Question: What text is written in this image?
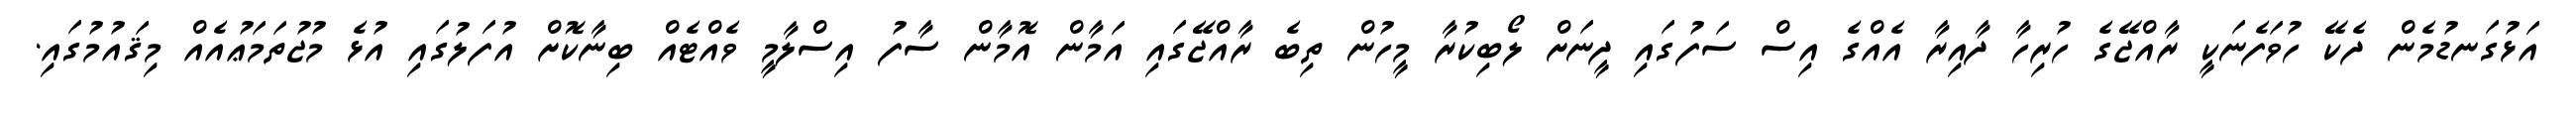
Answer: އަޅުގަނޑުމެން ދެކޭ ހުވަފެނަކީ ރާއްޖޭގެ ހުރިހާ ދާއިރާ އެއްގެ އިސް ސަފުގައި ދީނަށް ލޯބިކުރާ މީހުން ތިބެ ރާއްޖޭގައި އަމާން އޮމާން ސާފު އިސްލާމީ ވެއްޓެއް ބިނާކޮށް އުފަލުގައި އުޅެ މުޖުތަމަޢުއެއް މިޤައުމުގައި.